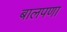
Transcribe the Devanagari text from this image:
बालपणा